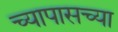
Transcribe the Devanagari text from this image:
च्यापासच्या